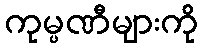
ကုမ္ပဏီများကို